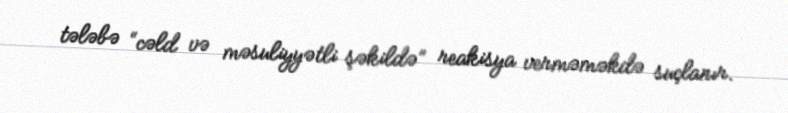
tələbə “cəld və məsuliyyətli şəkildə” reakisya verməməkdə suçlanır.